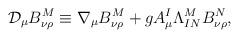
LaTeX: \begin{align*}\mathcal{D}_{\mu}B_{\nu\rho}^{M}\equiv\nabla_{\mu}B_{\nu\rho}^{M}+gA_{\mu}^{I}\Lambda_{IN}^{M}B_{\nu\rho}^{N},\end{align*}